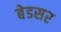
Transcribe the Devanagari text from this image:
बेडसर